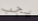
يجب